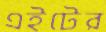
এইটের